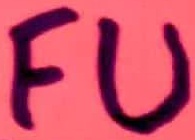
Text: FU